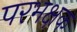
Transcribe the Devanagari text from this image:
परभक्षक